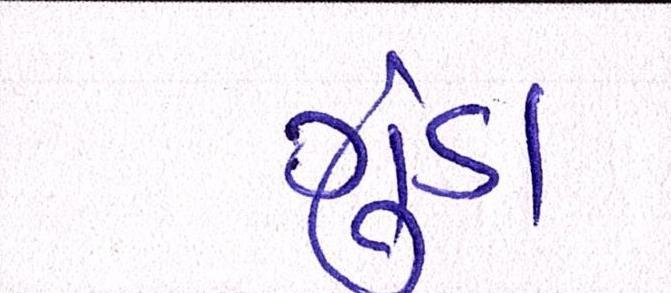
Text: ગુંડા